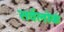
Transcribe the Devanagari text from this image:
सर्वलोकं